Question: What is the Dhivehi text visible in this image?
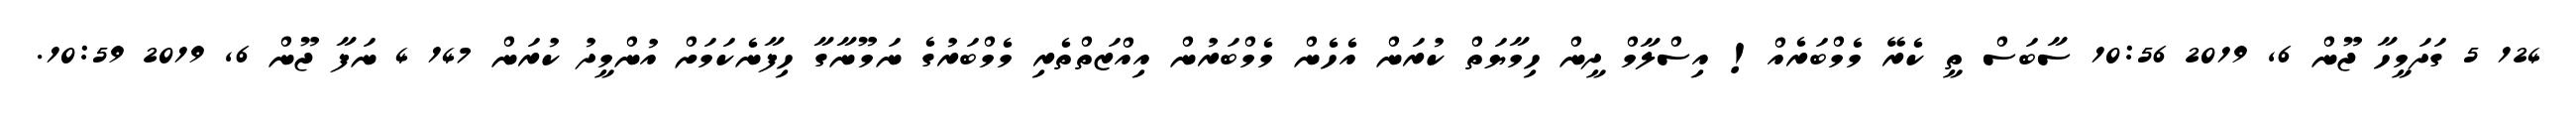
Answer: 124 5 ގަދަމީހާ ޖޫން 6, 2019 10:56 ސާބަސް ތީ ކެރޭ މެމްބަރެއް! އިސްލާމް ދީން ހިމާޔަތް ކުރަން އެހެން މެމްބަރުން އިއްޒަތްތެރި މެމްބަރުގެ ނަމޫނާގާ ހިފާނެކަމަށް އުންމީދު ކުރަން 147 4 ނަފާ ޖޫން 6, 2019 10:59.